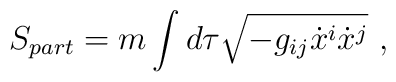
S_{part} = m \int d\tau \sqrt{ -g_{ij} \dot{x}^i \dot{x}^j}~,